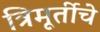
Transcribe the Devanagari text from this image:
त्रिमूर्तीचे